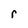
Character: r